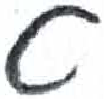
אות: ט